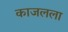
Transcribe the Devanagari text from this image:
काजलला